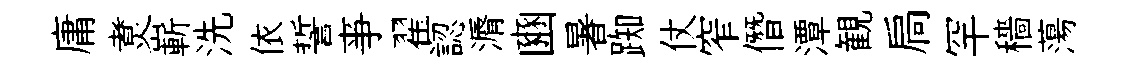
庸煑嶄洗依誓亊翟認漘豳暑踟仗窄僭潭観扃罕穡蕩